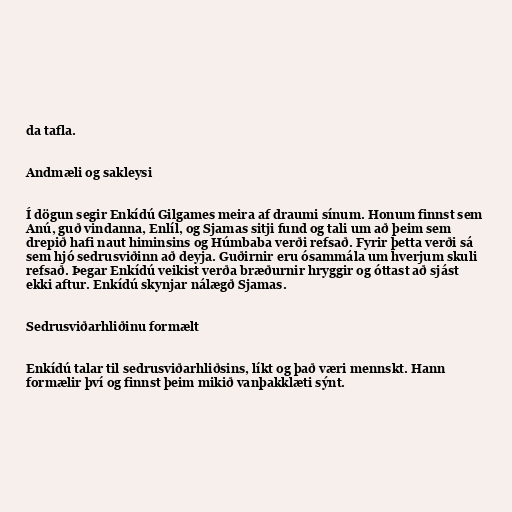
da tafla.

Andmæli og sakleysi

Í dögun segir Enkídú Gilgames meira af draumi sínum. Honum finnst sem
Anú, guð vindanna, Enlíl, og Sjamas sitji fund og tali um að þeim sem
drepið hafi naut himinsins og Húmbaba verði refsað. Fyrir þetta verði sá
sem hjó sedrusviðinn að deyja. Guðirnir eru ósammála um hverjum skuli
refsað. Þegar Enkídú veikist verða bræðurnir hryggir og óttast að sjást
ekki aftur. Enkídú skynjar nálægð Sjamas.

Sedrusviðarhliðinu formælt

Enkídú talar til sedrusviðarhliðsins, líkt og það væri mennskt. Hann
formælir því og finnst þeim mikið vanþakklæti sýnt.